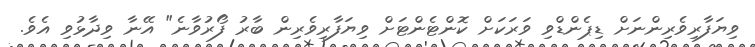
ވިޔަފާރިވެރިންނަށް ޑިޕެންޑްވި ވަރަކަށް ކޮންޓެންޓަށް ވިޔަފާރިވެރިން ބާރު ފޯރުވާނެ" އޭނާ ވިދާޅުވި އެވެ.